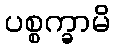
ပစ္စက္ခာမိ